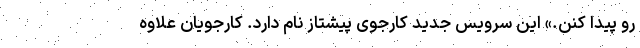
رو پیدا کنن.» این سرویس جدید کارجوی پیشتاز نام دارد. کارجویان علاوه